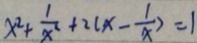
x ^ { 2 } + \frac { 1 } { x ^ { 2 } } + 2 ( x - \frac { 1 } { x } ) = 1